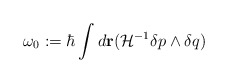
\begin{align*}\omega_0:= \hbar\int d{\bf r}({\cal H}^{-1}\delta p\wedge \delta q)\end{align*}